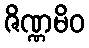
ဇိဏ္ဏမိဝ